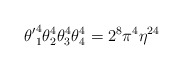
\begin{align*}{\theta'}_1^4 \theta_2^4 \theta_3^4 \theta_4^4 = 2^8 \pi^4 \eta^{24}\end{align*}